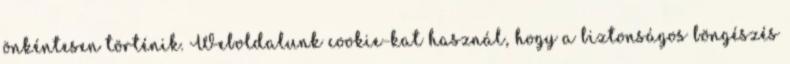
önkéntesen történik. Weboldalunk cookie-kat használ, hogy a biztonságos böngészés